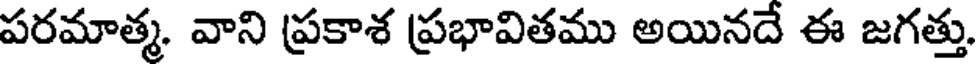
పరమాత్మ. వాని ప్రకాశ ప్రభావితము అయినదే ఈ జగత్తు.